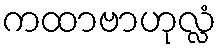
ကထာဗာဟုလ္လံ